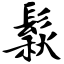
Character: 鬏